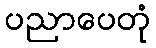
ပညာပေတုံ